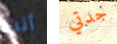
أنت جدتي